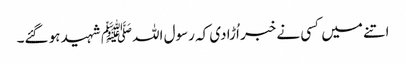
اتنے میں کسی نے خبر اُڑادی کہ رسول اللہﷺ شہید ہو گئے۔